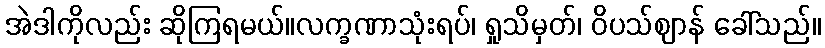
အဲဒါကိုလည်း ဆိုကြရမယ်။လက္ခဏာသုံးရပ်၊ ရှုသိမှတ်၊ ဝိပသ်ဈာန် ခေါ်သည်။